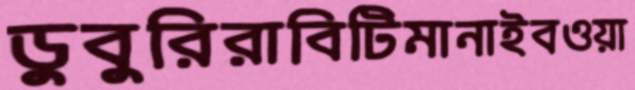
ডুবুরিরাবিটিমানাইবওয়া